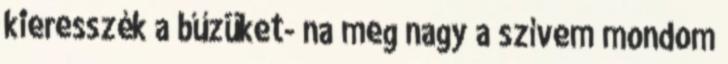
kieresszék a bűzüket- na meg nagy a szívem mondom